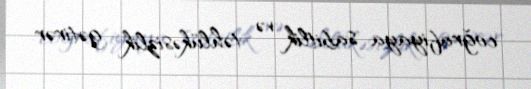
coğrafiyaya sabitlik və təhlükəsizlik gətirər.